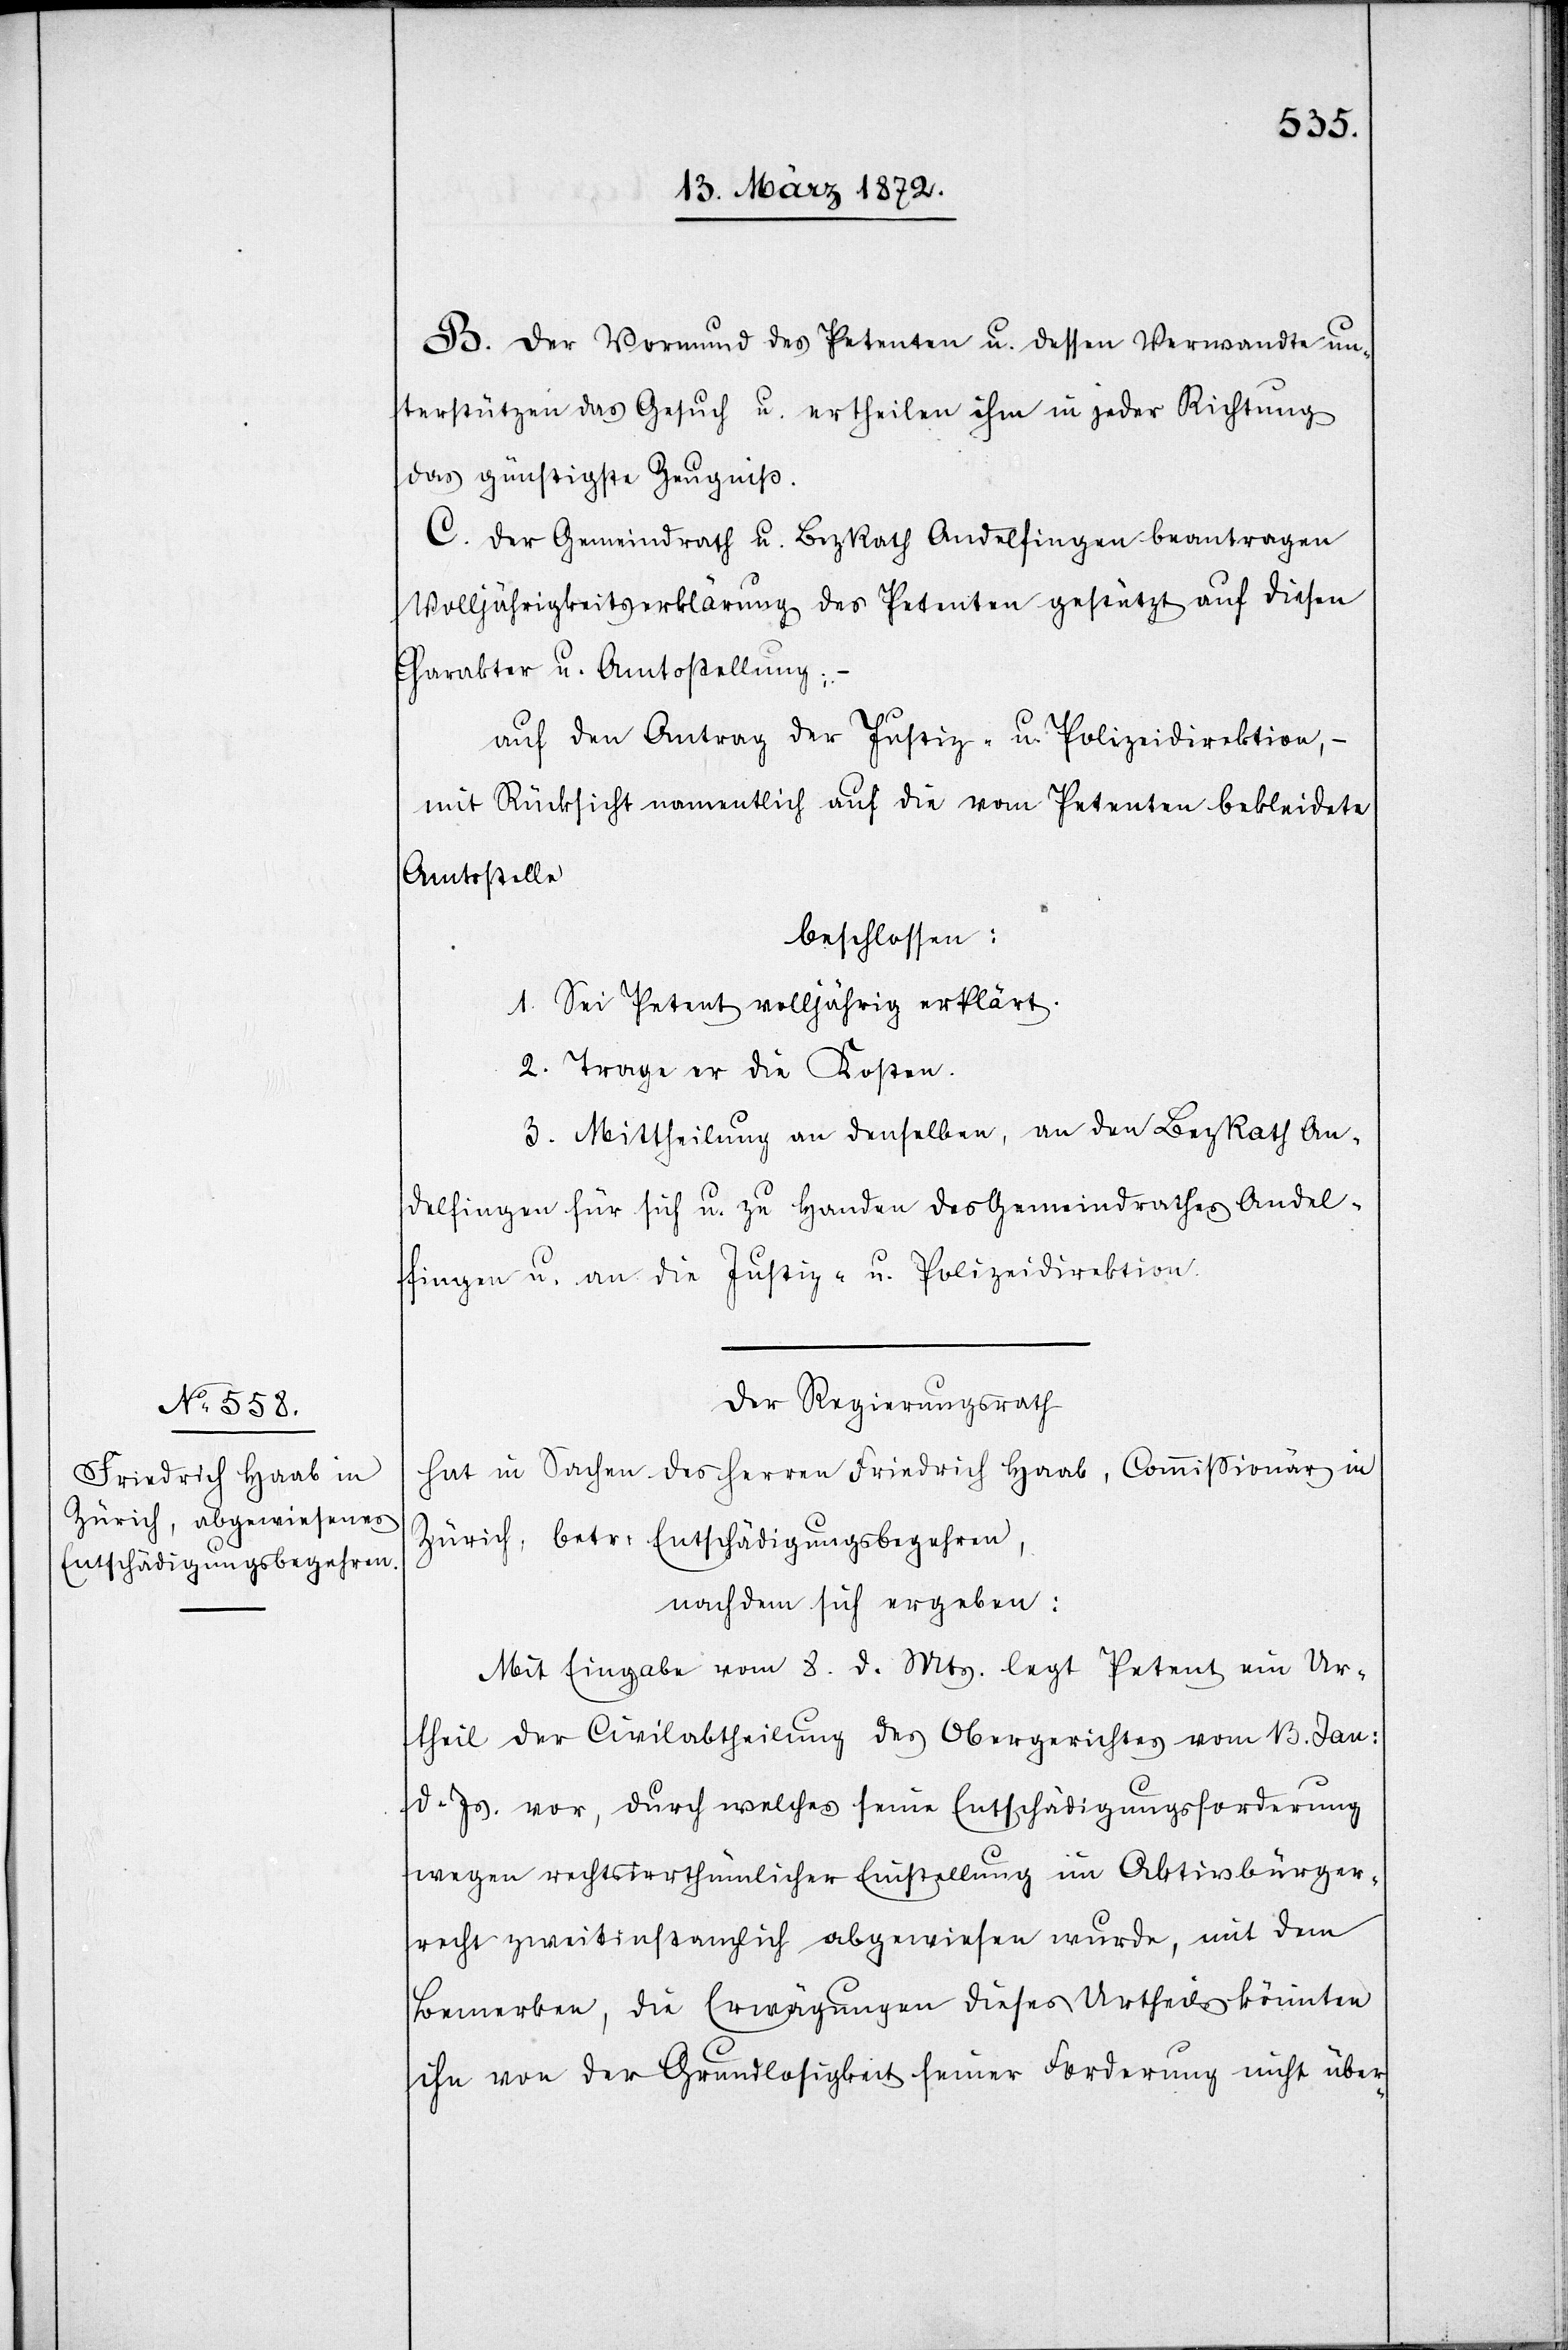
B. Der Vormund des Petenten u. dessen Verwandte un¬
terstützen das Gesuch u. ertheilen ihm in jeder Richtung
das günstigste Zeugniß.
C. Der Gemeindrath u. BezRath Andelfingen beantragen
Volljährigkeitserklärung des Petenten gestützt auf diesen
Charakter u. Amtsstellung;
auf den Antrag der Justiz- u. Polizeidirektion, –
mit Rücksicht namentlich auf die vom Petenten bekleidete
Amtsstelle
beschlossen:
1. Sei Petent volljährig erklärt.
2. Trage er die Kosten.
3. Mittheilung an denselben, an den BezRath An¬
delfingen für sich u. zu Handen des Gemeindrathes Andel¬
fingen u. an die Justiz- u. Polizeidirektion.
Der Regierungsrath
hat in Sachen des Herren Friedrich Haab, Commissionär in
Zürich, betr: Entschädigungsbegehren,
nachdem sich ergeben:
Mit Eingabe vom 8. d. Mts. legt Petent ein Ur¬
theil der Civilabtheilung des Obergerichts vom 13. Jan:
d. Js. vor, durch welches seine Entschädigungsforderung
wegen rechtirrthümlicher Einstellung im Aktivbürger¬
recht zweitinstanzlich abgewiesen wurde, mit dem
Bemerken, die Erwägungen dieses Urtheils könnten
ihn von der Grundlosigkeit seiner Forderung nicht über-